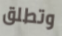
وتطلق